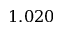
1 . 0 2 0